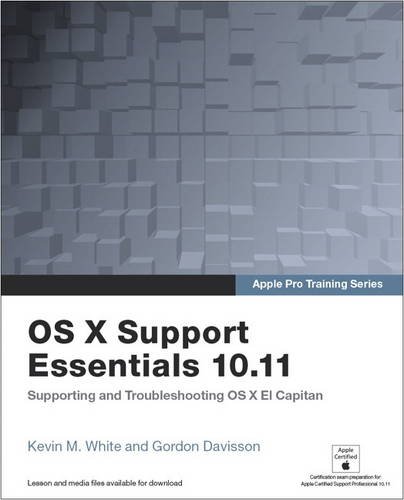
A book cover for OS X Support Essentials 10.11 - Apple Pro Training Series: Supporting and Troubleshooting OS X El Capitan; Kevin M. White; Computers & Technology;